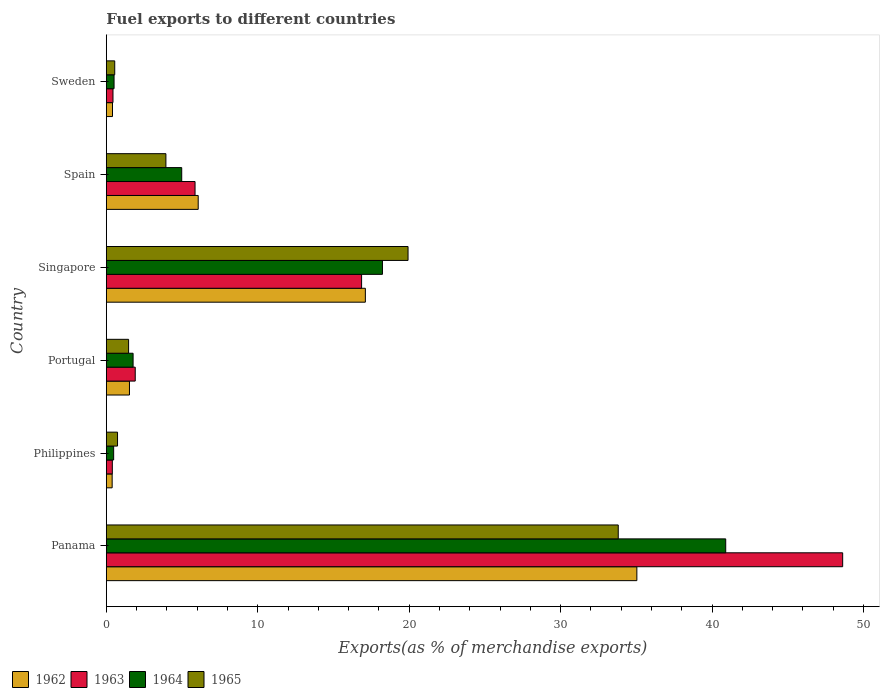
| Country | 1962 | 1963 | 1964 | 1965 |
 | --- | --- | --- | --- | --- |
 | Panama | 35 | 48.6 | 40.9 | 33.8 |
 | Philippines | 0.385 | 0.396 | 0.483 | 0.74 |
 | Portugal | 1.53 | 1.91 | 1.77 | 1.47 |
 | Singapore | 17.1 | 16.9 | 18.2 | 19.9 |
 | Spain | 6.07 | 5.86 | 4.98 | 3.93 |
 | Sweden | 0.407 | 0.439 | 0.51 | 0.555 |